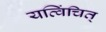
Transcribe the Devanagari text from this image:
यत्विंचित्